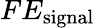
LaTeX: FE_{\mathrm{{signal}}}